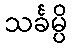
သင်္ခမ္ပိ